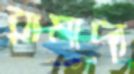
রামাদা